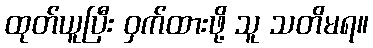
ထုတ်ယူပြီး ဝှက်ထားဖို့ သူ သတိမရ။